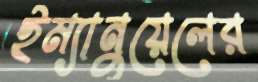
ইম্যানুয়েলের